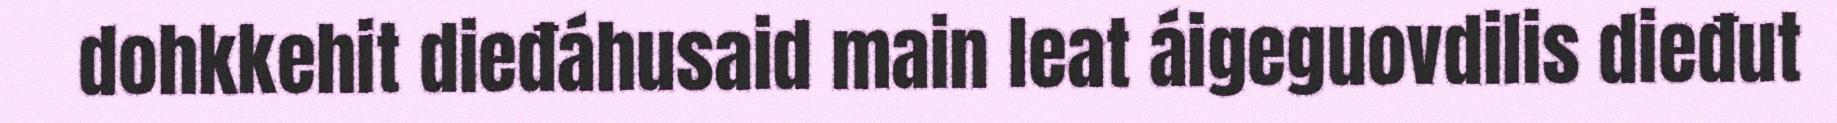
dohkkehit dieđáhusaid main leat áigeguovdilis dieđut